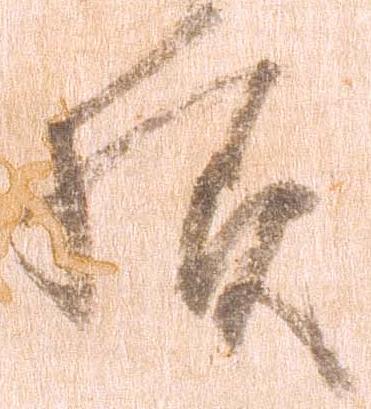
様